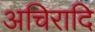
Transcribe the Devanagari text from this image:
अचिरादि